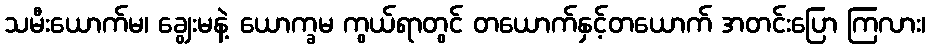
သမီးယောက်မ၊ ချွေးမနဲ့ ယောက္ခမ ကွယ်ရာတွင် တယောက်နှင့်တယောက် အတင်းပြော ကြလား၊